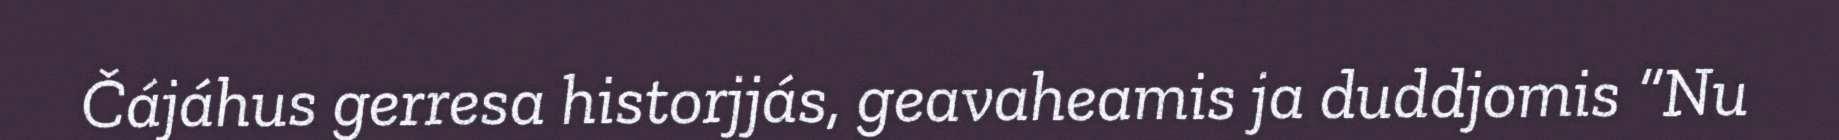
Čájáhus gerresa historjjás, geavaheamis ja duddjomis “Nu